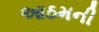
આઠમની